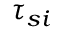
\tau _ { s i }